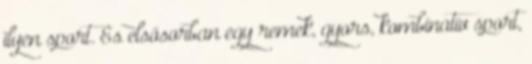
ilyen sport. És elsősorban egy remek, gyors, kombinatív sport,